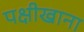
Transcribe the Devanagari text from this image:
पक्षीखाना